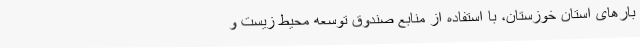
بارهای استان خوزستان، با استفاده از منابع صندوق توسعه محیط زیست و